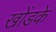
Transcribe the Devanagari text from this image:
खोंडके